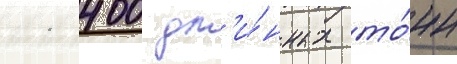
11 400 дл'и́нных то́нн